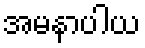
အမနာပါယ